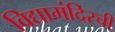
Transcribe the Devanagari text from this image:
विद्यामंदिरची